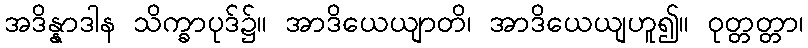
အဒိန္နာဒါန သိက္ခာပုဒ်၌။ အာဒိယေယျာတိ၊ အာဒိယေယျဟူ၍။ ဝုတ္တတ္တာ၊